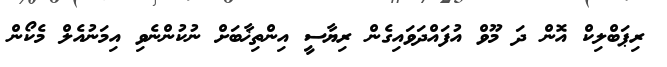
ރިޕަބްލިކް އޮން ދަ މޫވް އުފައްދަވައިގެން ރިޔާސީ އިންތިޚާބަށް ނުކުންނެވި އިމަނުއެލް މެކޯން